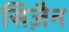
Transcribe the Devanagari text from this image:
सिज़ैन